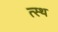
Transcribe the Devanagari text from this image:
त्स्थ